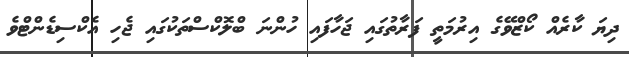
ދިޔަ ކާރެއް ކޯޒްވޭގެ އިރުމަތީ ފަރާތުގައި ޖަހާފައި ހުންނަ ބްލޮކްސްތަކުގައި ޖެހި އެކްސިޑެންޓްވެ